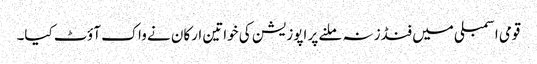
قومی اسمبلی میں فنڈز نہ ملنے پر اپوزیشن کی خواتین ارکان نے واک آؤٹ کیا۔